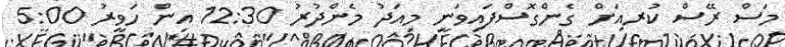
މަސް ރޭސް ކުރއަށް ގެންގޮސްފައިވަނީ މިއަދު މެންދުރު 12:30 އިން ހަވީރު 5:00